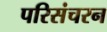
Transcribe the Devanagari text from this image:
परिसंचरन